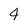
Character: 4